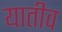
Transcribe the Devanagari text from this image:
यातीव